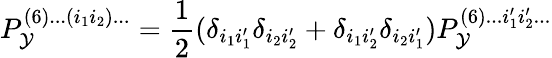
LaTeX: P_{\mathcal{Y}}^{(6)...(i_{1}i_{2})...}=\frac{{1}}{{2}}(\delta_{i_{1}i_{1}^{\prime}}\delta_{i_{2}i_{2}^{\prime}}+\delta_{i_{1}i_{2}^{\prime}}\delta_{i_{2}i_{1}^{\prime}})P_{\mathcal{Y}}^{(6)...i_{1}^{\prime}i_{2}^{\prime}...}